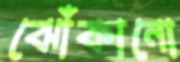
ঝোঁকানো